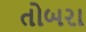
તોબરા